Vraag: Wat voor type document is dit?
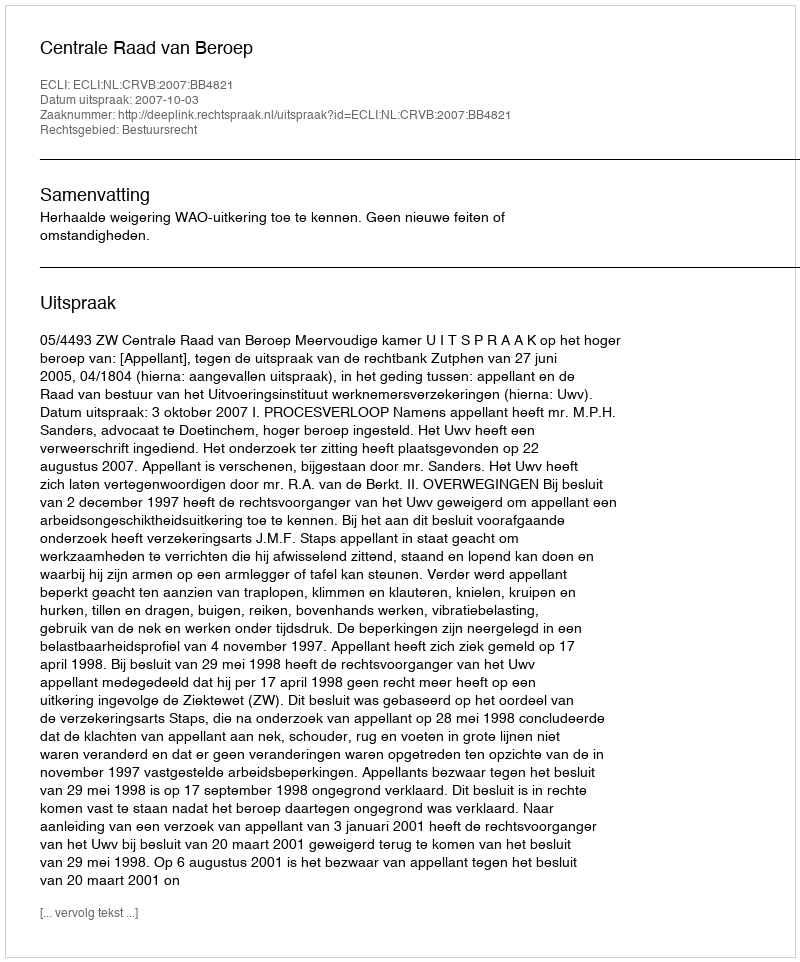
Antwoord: Uitspraak